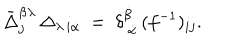
LaTeX: \bar { \Delta } _ { j } ^ { \dot { \beta } \lambda } \, \Delta _ { \lambda \, i \dot { \alpha } } \ = \ \delta _ { \ \dot { \alpha } } ^ { \dot { \beta } } \, ( f ^ { - 1 } ) _ { i j } .